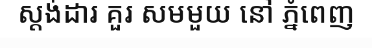
ស្តង់ដារ គួរ សមមួយ នៅ ភ្នំពេញ